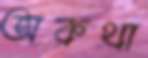
অকথা